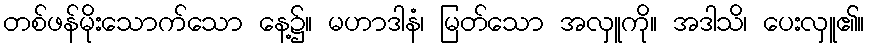
တစ်ဖန်မိုးသောက်သော နေ့၌။ မဟာဒါနံ၊ မြတ်သော အလှူကို။ အဒါသိ၊ ပေးလှူ၏။